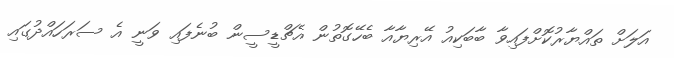
އަލަށް ތައްޔާރުކޮށްފައިވާ ބާބަކިއު އޭރިޔާއާ ބެހޭގޮތުން އެޗްޑީސީން ބުނެފައި ވަނީ އެ ސަރަހައްދުގައި